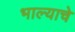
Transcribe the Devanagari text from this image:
भाल्याचे